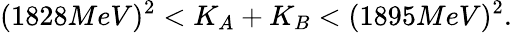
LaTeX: (1828MeV)^{2}<K_{A}+K_{B}<(1895MeV)^{2}.